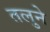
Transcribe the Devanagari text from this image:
तलुने